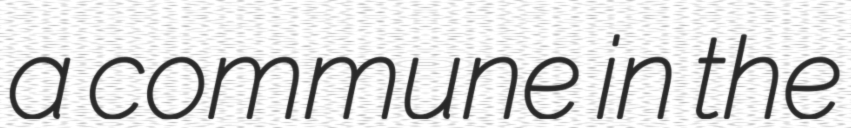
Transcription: a commune in the